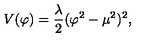
V ( \varphi ) = \frac { \lambda } { 2 } ( \varphi ^ { 2 } - \mu ^ { 2 } ) ^ { 2 } ,